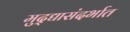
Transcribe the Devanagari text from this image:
मुद्द्यासंदर्भात